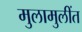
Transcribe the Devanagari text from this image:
मुलामुलींत